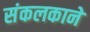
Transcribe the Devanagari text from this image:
संकलकाने